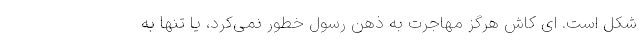
شکل است. ای کاش هرگز مهاجرت به ذهن رسول خطور نمی‌کرد، یا تنها به